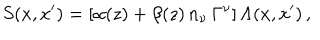
S ( x , x ^ { \prime } ) = [ \alpha ( z ) + \beta ( z ) \, n _ { \nu } \, \Gamma ^ { \nu } ] \, \Lambda ( x , x ^ { \prime } ) \, ,